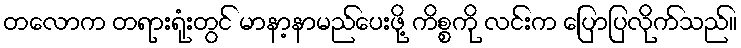
တလောက တရားရုံးတွင် မာနာ့နာမည်ပေးဖို့ ကိစ္စကို လင်းက ပြောပြလိုက်သည်။